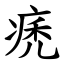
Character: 痜